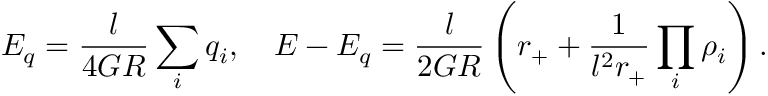
E _ { q } = \frac { l } { 4 G R } \sum _ { i } q _ { i } , \ \ \ E - E _ { q } = \frac { l } { 2 G R } \left( r _ { + } + \frac { 1 } { l ^ { 2 } r _ { + } } \prod _ { i } \rho _ { i } \right) .